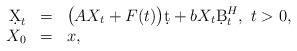
LaTeX: \begin{align*}\begin{array}{rcl}\d X_t&=&\big(AX_t + F(t)\big)\d t + b X_t\d B^H_t,\ t>0,\\X_0&=&x,\end{array}\end{align*}